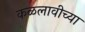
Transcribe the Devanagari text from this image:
कळलावीच्या